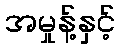
အမှုန့်နှင့်